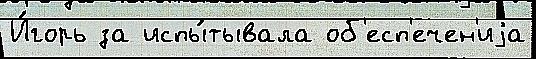
И́горь за испы́тывала об'есп'ечен'иjа